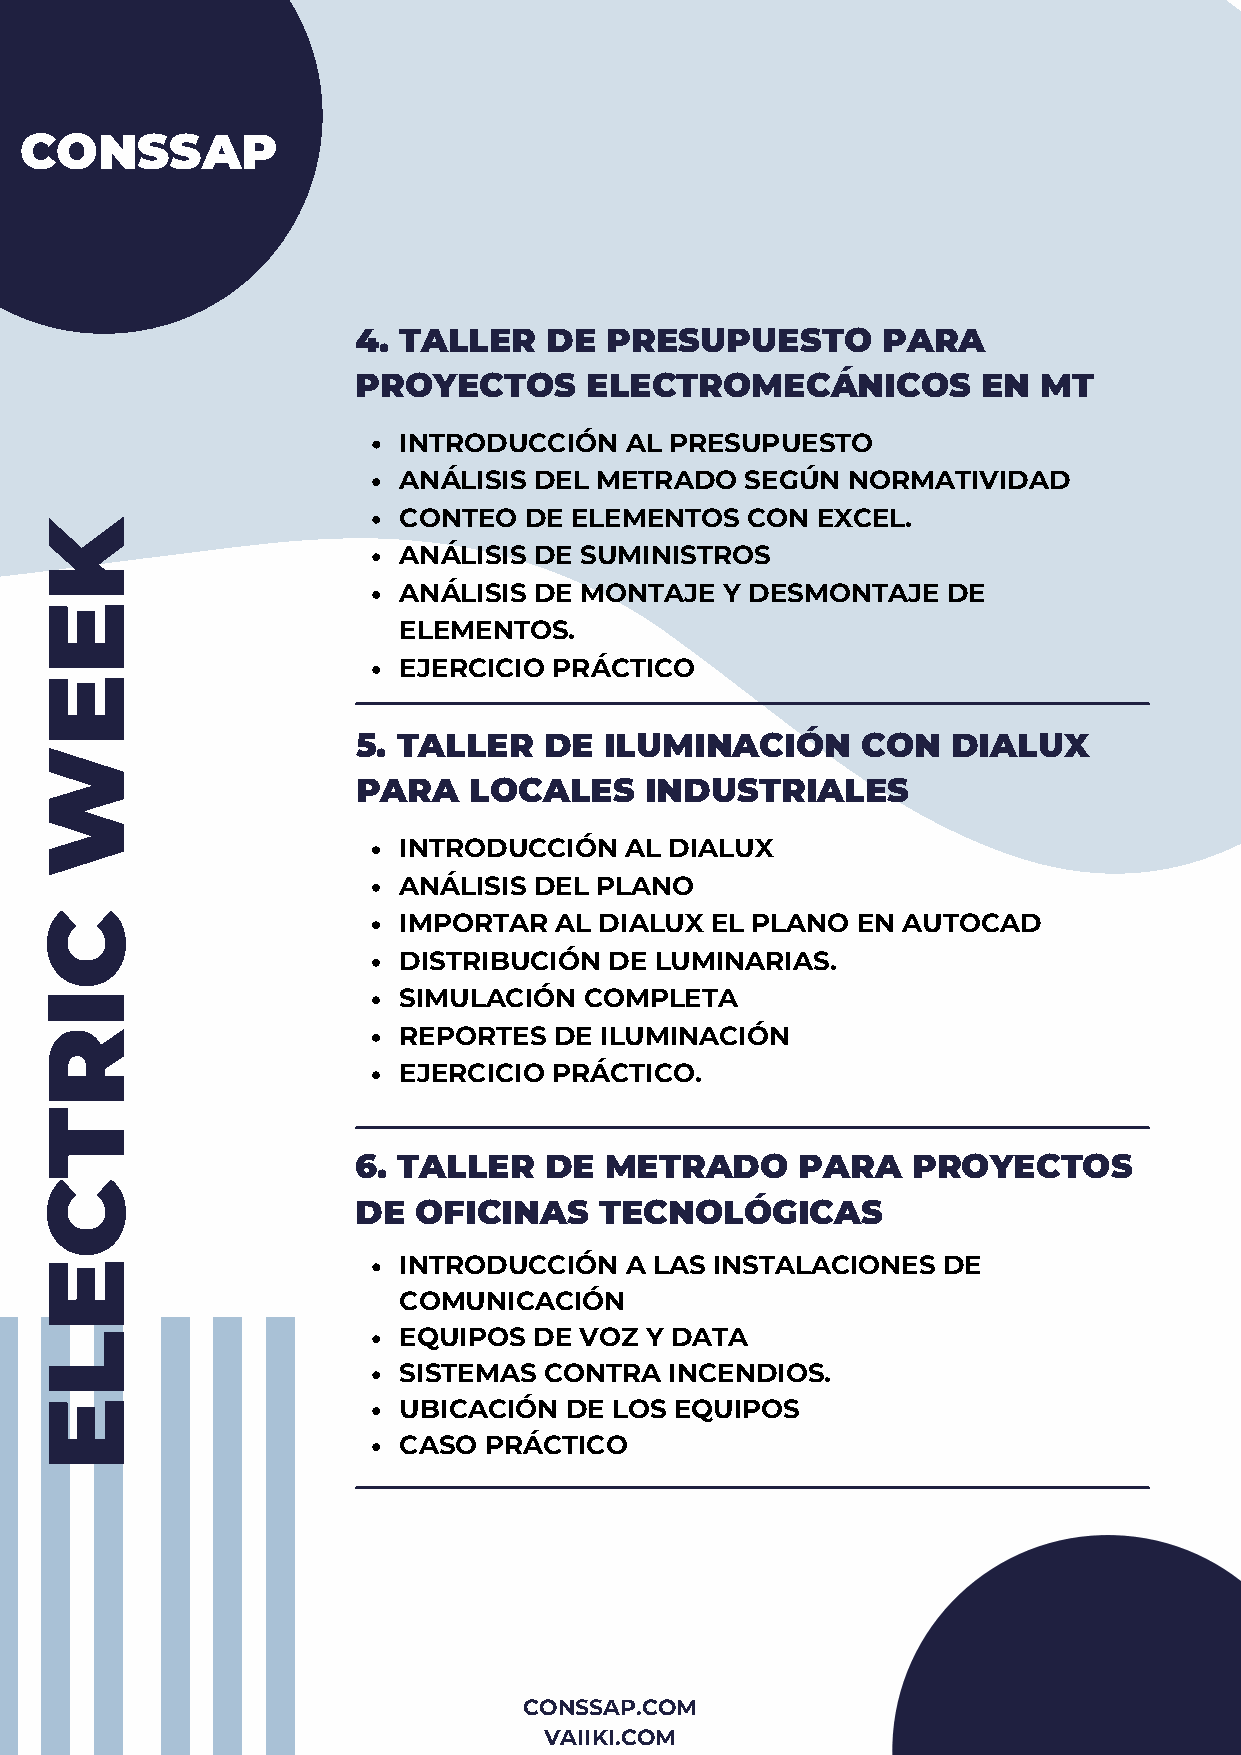
CONSSAP
 4. TALLER   DE  PRESUPUESTO       PARA
 PROYECTOS      ELECTROMECÁNICOS          EN  MT
 INTRODUCCIÓN   AL PRESUPUESTO
 ANÁLISIS DEL METRADO   SEGÚN  NORMATIVIDAD
 CONTEO   DE ELEMENTOS  CON  EXCEL.
 K
 ANÁLISIS DE SUMINISTROS
 ANÁLISIS DE MONTAJE   Y DESMONTAJE   DE
 E
 ELEMENTOS.
 EJERCICIO  PRÁCTICO
 E
 5. TALLER   DE  ILUMINACIÓN      CON   DIALUX
 W
 PARA   LOCALES     INDUSTRIALES
 INTRODUCCIÓN   AL DIALUX
 ANÁLISIS DEL PLANO
 C                      IMPORTAR   AL DIALUX EL PLANO  EN AUTOCAD
 DISTRIBUCIÓN  DE LUMINARIAS.
 I                      SIMULACIÓN   COMPLETA
 R                      REPORTES   DE ILUMINACIÓN
 EJERCICIO  PRÁCTICO.
 T
 6. TALLER   DE  METRADO      PARA   PROYECTOS
 C
 DE OFICINAS     TECNOLÓGICAS
 E                      INTRODUCCIÓN   A LAS INSTALACIONES  DE
 COMUNICACIÓN
 L                      EQUIPOS  DE VOZ  Y DATA
 SISTEMAS  CONTRA  INCENDIOS.
 E                      UBICACIÓN  DE  LOS EQUIPOS
 CASO  PRÁCTICO
 CONSSAP.COM
 VAIIKI.COM